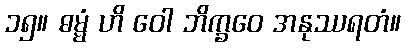
၁၅။ ဓမ္မံ ဟိ ဝေါ ဘိက္ခဝေ အနုဿရတံ။